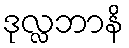
ဒုလ္လဘာနိ